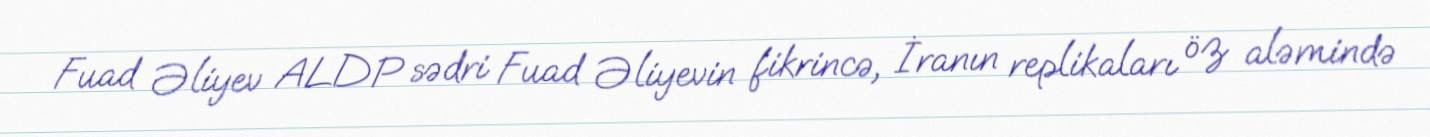
Fuad Əliyev ALDP sədri Fuad Əliyevin fikrincə, İranın replikaları öz aləmində